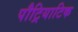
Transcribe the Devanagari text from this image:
पौट्रियाटिक